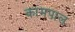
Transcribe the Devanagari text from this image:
कामपाल